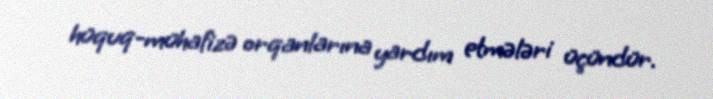
hüquq-mühafizə orqanlarına yardım etmələri üçündür.